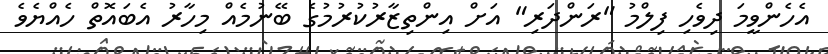
އެހެންވީމަ ދިވެހި ފިލްމު "ރަންދަރި" އަށް އިންތިޒާރުކުރުމުގެ ބޭނުމެއް މިހާރު އެބައޮތް ހެއްޔެވެ